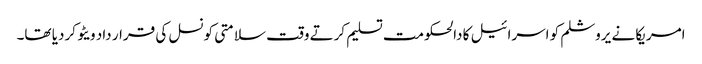
امریکا نے یروشلم کو اسرائیل کا دالحکومت تسلیم کرتے وقت سلامتی کونسل کی قرار داد ویٹو کردیا تھا۔